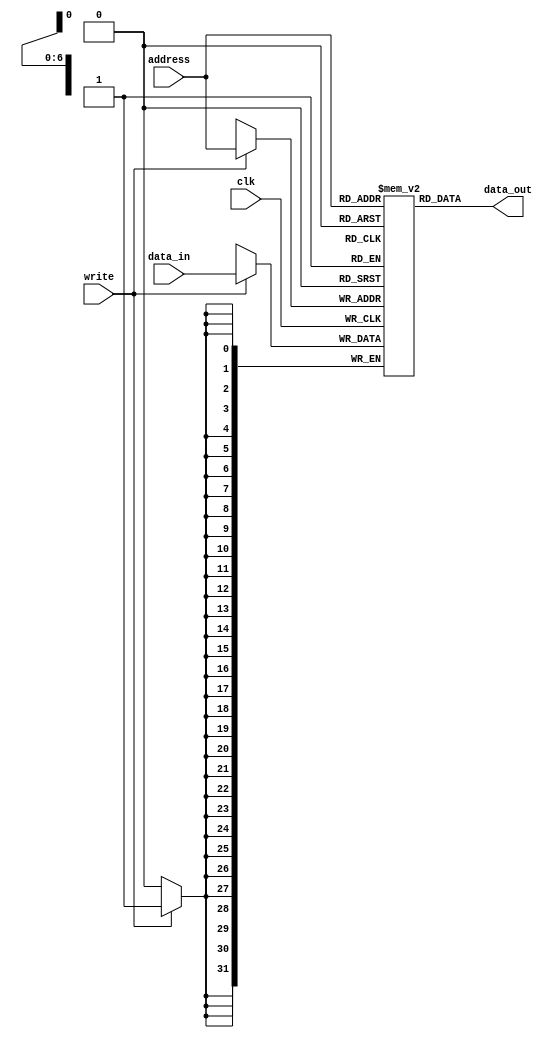
`timescale 1ns / 1ps
//////////////////////////////////////////////////////////////////////////////////
// Company: 
// Engineer: 
// 
// Design Name: 
// Module Name:    DRAP_Imemory 
// Project Name: 
// Target Devices: 
// Tool versions: 
// Description: 
//
// Dependencies: 
//
// Revision: 
// Revision 0.01 - File Created
// Additional Comments: 
//
//////////////////////////////////////////////////////////////////////////////////
//DRAP INSTRUCTION MEMORY UNIT
module DRAP_Imemory (data_out, data_in, address, clk, write);
	parameter B = 32; //data bits
	parameter W = 7; //address bits. 7 = 2**7 = 128 word memory

	output [B-1: 0] data_out;
	input [B-1: 0] data_in;
	input [W-1: 0] address;
	input clk, write;

	reg [B-1: 0] Imemory [2**W-1: 0];

	assign data_out = Imemory[address];
		always @ (posedge clk)
			if (write) Imemory[address] = data_in;
			 
endmodule